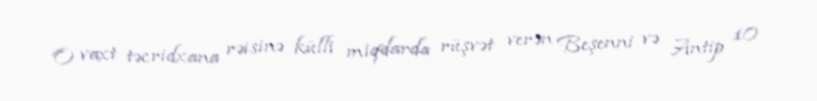
O vaxt təcridxana rəisinə külli miqdarda rüşvət verən Beşenni və Antip 10